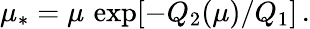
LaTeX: \mu_{*}=\mu\, \exp[-Q_{2}(\mu)/Q_{1}]\, .